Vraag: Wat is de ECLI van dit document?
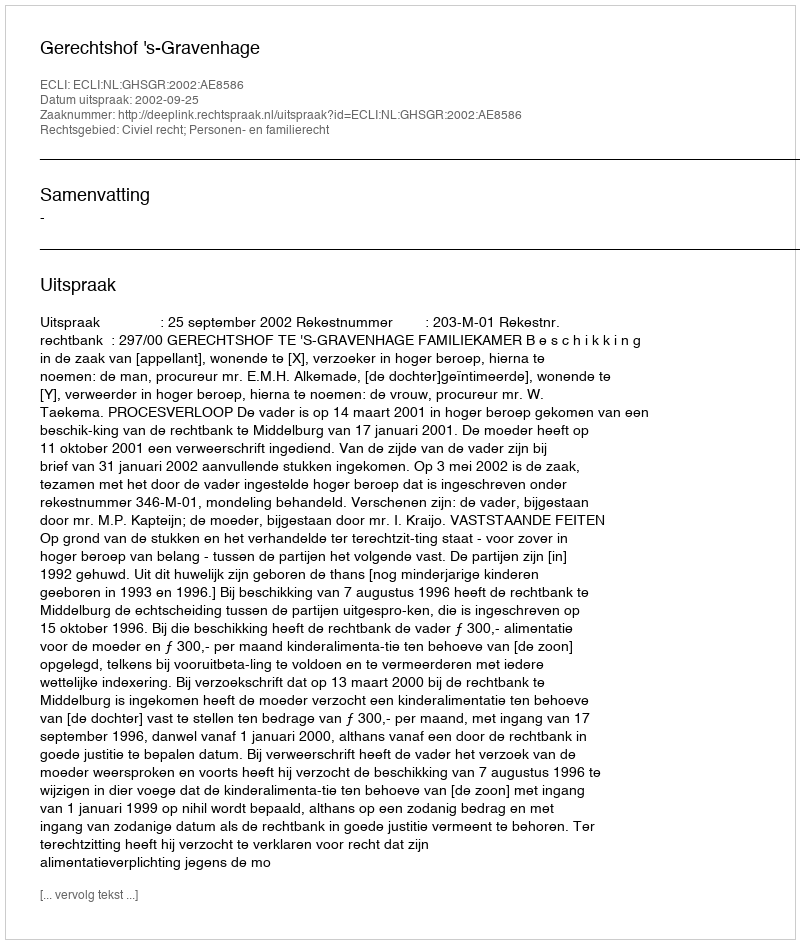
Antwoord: ECLI:NL:GHSGR:2002:AE8586